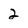
Character: 2